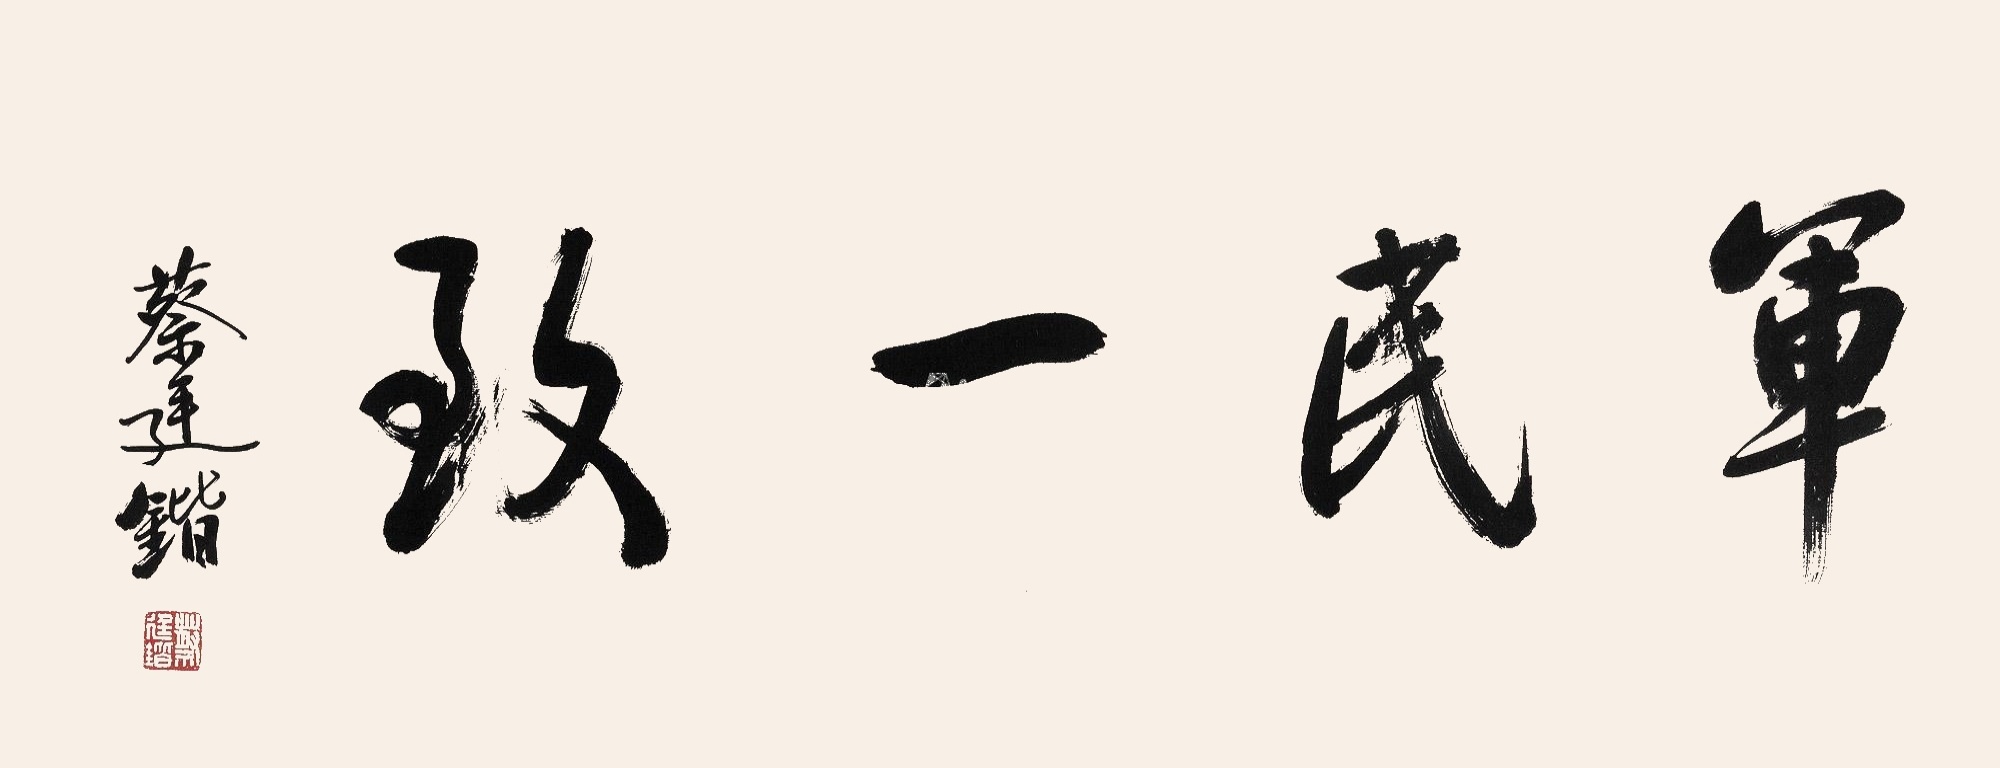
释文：军民一致。蔡廷锴。